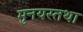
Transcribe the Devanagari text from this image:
मुनयस्तथा